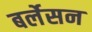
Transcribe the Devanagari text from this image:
बर्लेसन